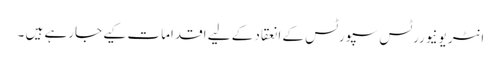
انٹر یونیوررٹس سپورٹس کے انعقاد کے لیے اقدامات کیے جارہے ہیں ۔